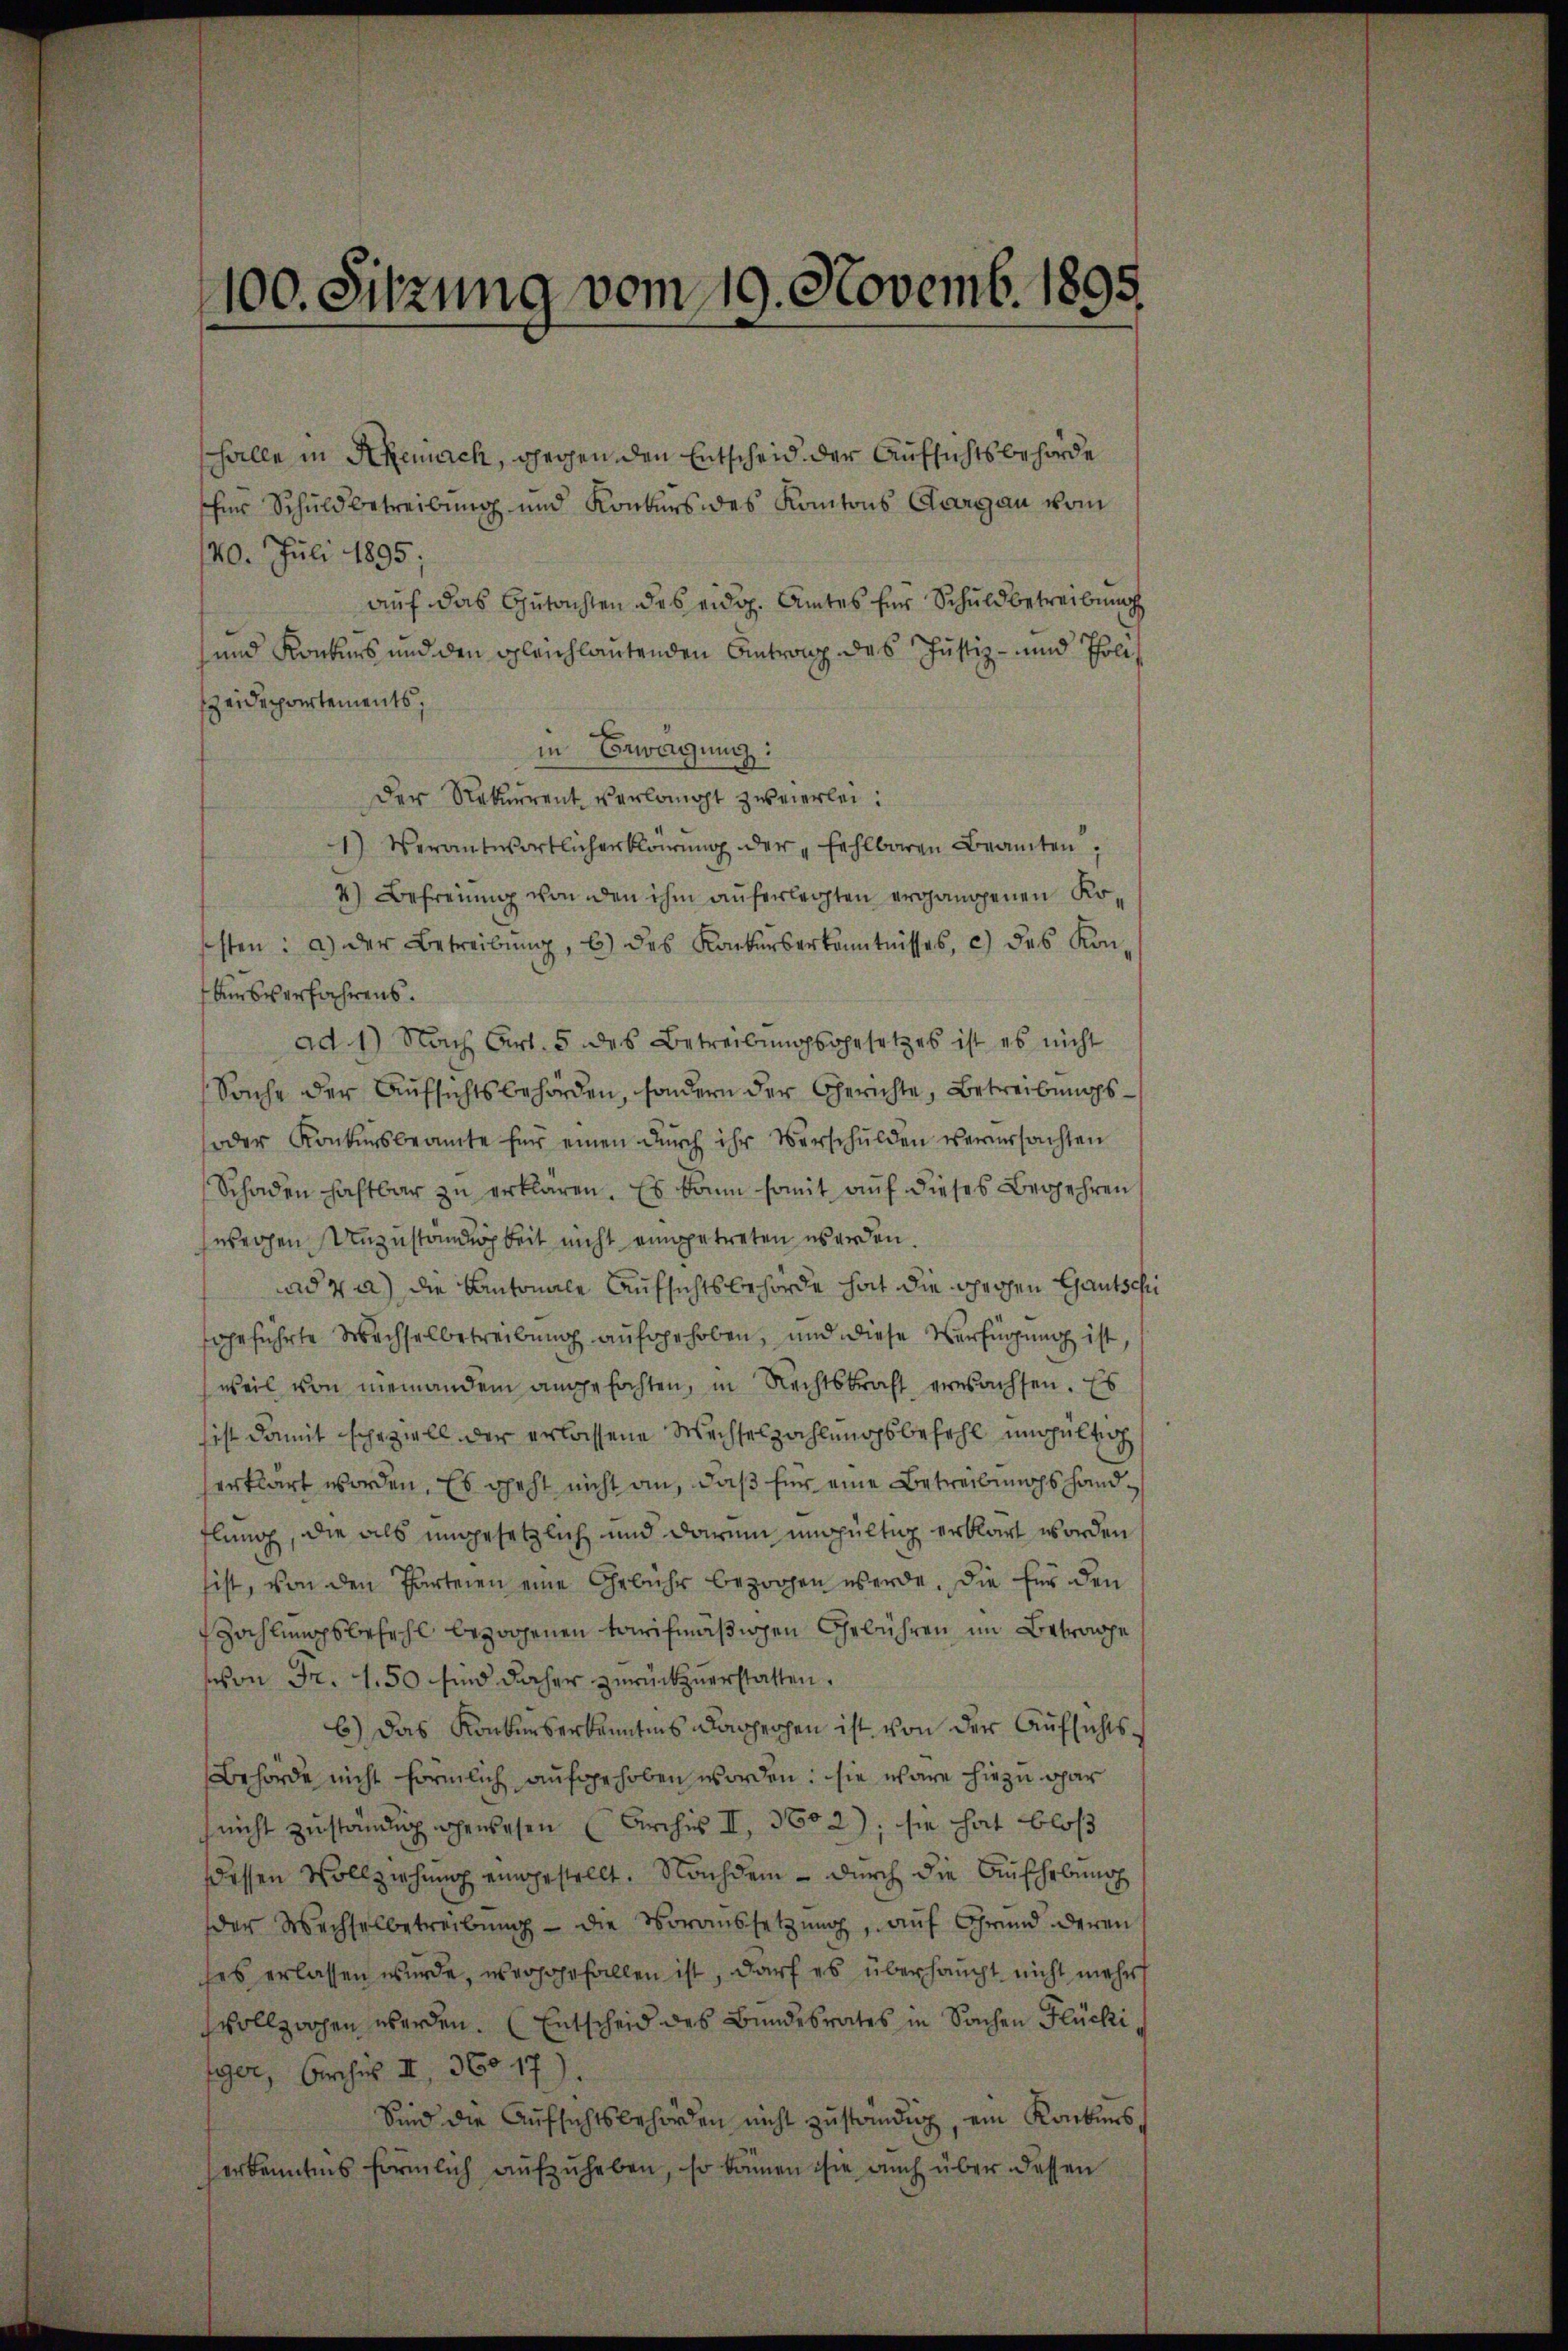
100. Sitzung vom 19. Novemb. 1895.

halle in Rheinach, gegen den Entscheid der Aufsichtsbehörde
für Schuldbetreibung und Konkurs des Kantons Aargau vom
20. Juli 1895.
auf das Gutachten des eidg. Amtes für Schuldbetreibung
und Konkurs und den gleichlautenden Antrang des Justiz- und Poli¬
Heidepartements,
in Bewegung:
Der Rekurrent verlangt zweierlei:
1) Verantwortlicherklärung der „Fehlbaren Beamten,
4) Befreiung von den ihm auferleihten ergangenen Kosten: a) der Betreibung, b) des Konkurserkenntnisses, c) des Kon-
Ausverfahrens.
ad 1) Nach Art. 5 des Betreibungsgesetzes ist es nicht
Sache der Aufsichtsbehörden, sondern der Gerichte, Betreibungs¬
oder Konkursbeamte für einen durch ihr Verschulden verursachten
Schaden haftbar zu erklären. Es kann somit auf dieses Begehren
weggen Unzuständigkeit nicht eingetreten werden.
ad 4 a) die Kantonale Aufsichtsbehörde hat die chrichen Gautschi
sgeführte Wachselbetreibung aufgehoben, und diese Verfügung ist,
weil von niemandem angefochten, in Rechtskraft erwachsen. Es
sist damit scheziell der erlassene Wechselzahlungsbefehl ungültig
erklärt worden. Es geht nicht an, daß für eine Betreibuchs handflung, die als ungesetzlich und darum ungültig erklärt worden
sist, von den Parteien eine Gebühr bezogen werde. Die für den
Zahlungsbefehl bezogenen tarifmäßigen Gebühren im Betrache
eon Fr. 1.50 sind daher zurückzuerstatten.
6) Das Konkurserkanntnis daherhen ist von der Aufsichts¬
Behörde nicht förmlich aufgehoben worden: sie wäre hiezu gar
nicht zuständig gewesen (Archiv II, 3602), sie hat bloß
dessen Vollziehung eingestellt. Nachdem durch die Aufhebung
der Wechselbetreibung — die Voraussetzung, auf Grund deren
ses erlassen wurde, weggefallen ist, darf es überhaupt nicht mehr
svollzochen werden. (Entscheid des Bundesrates in Sachen Flücki
ger, Archus II 36017).
Sind die Aufsichtsbehörden nicht zuständig, ein Konkurs
erkenntens förmlich aufzuheben, so können ist auch über dassen